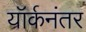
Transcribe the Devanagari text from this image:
यॉर्कनंतर